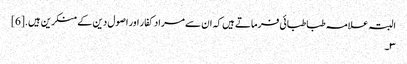
البتہ علامہ طباطبائی فرماتے ہیں کہ ان سے مراد کفار اور اصول دین کے منکرین ہیں.[6]
۳۔